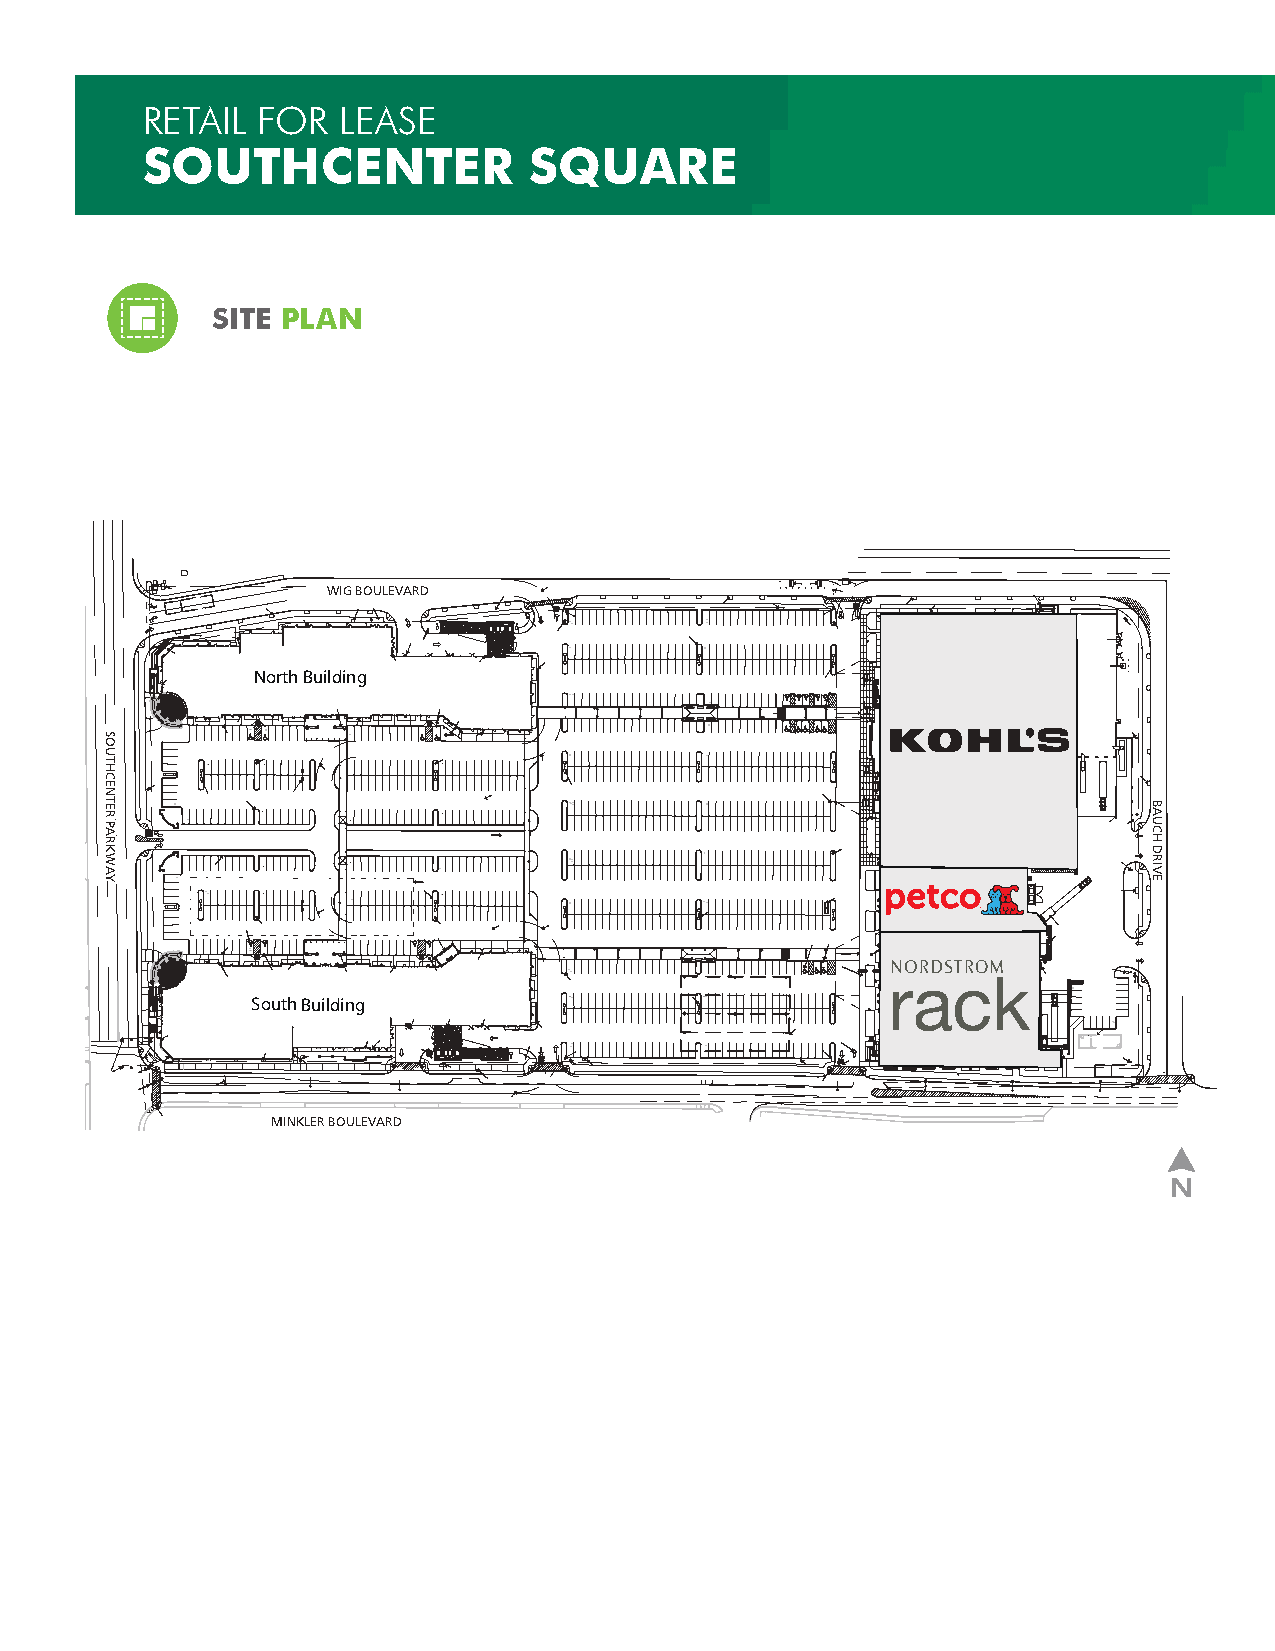
RETAIL  FOR  LEASE
 SOUTHCENTER               SQUARE
 SITE PLAN
 WIG BOULEVARD
 North Building
 South Building
 MINKLER BOULEVARD
 SSOOUUTTHHCCEENNTTEERR
 PPAARRKKWWAAYY
 BAUCH
 DRIVE